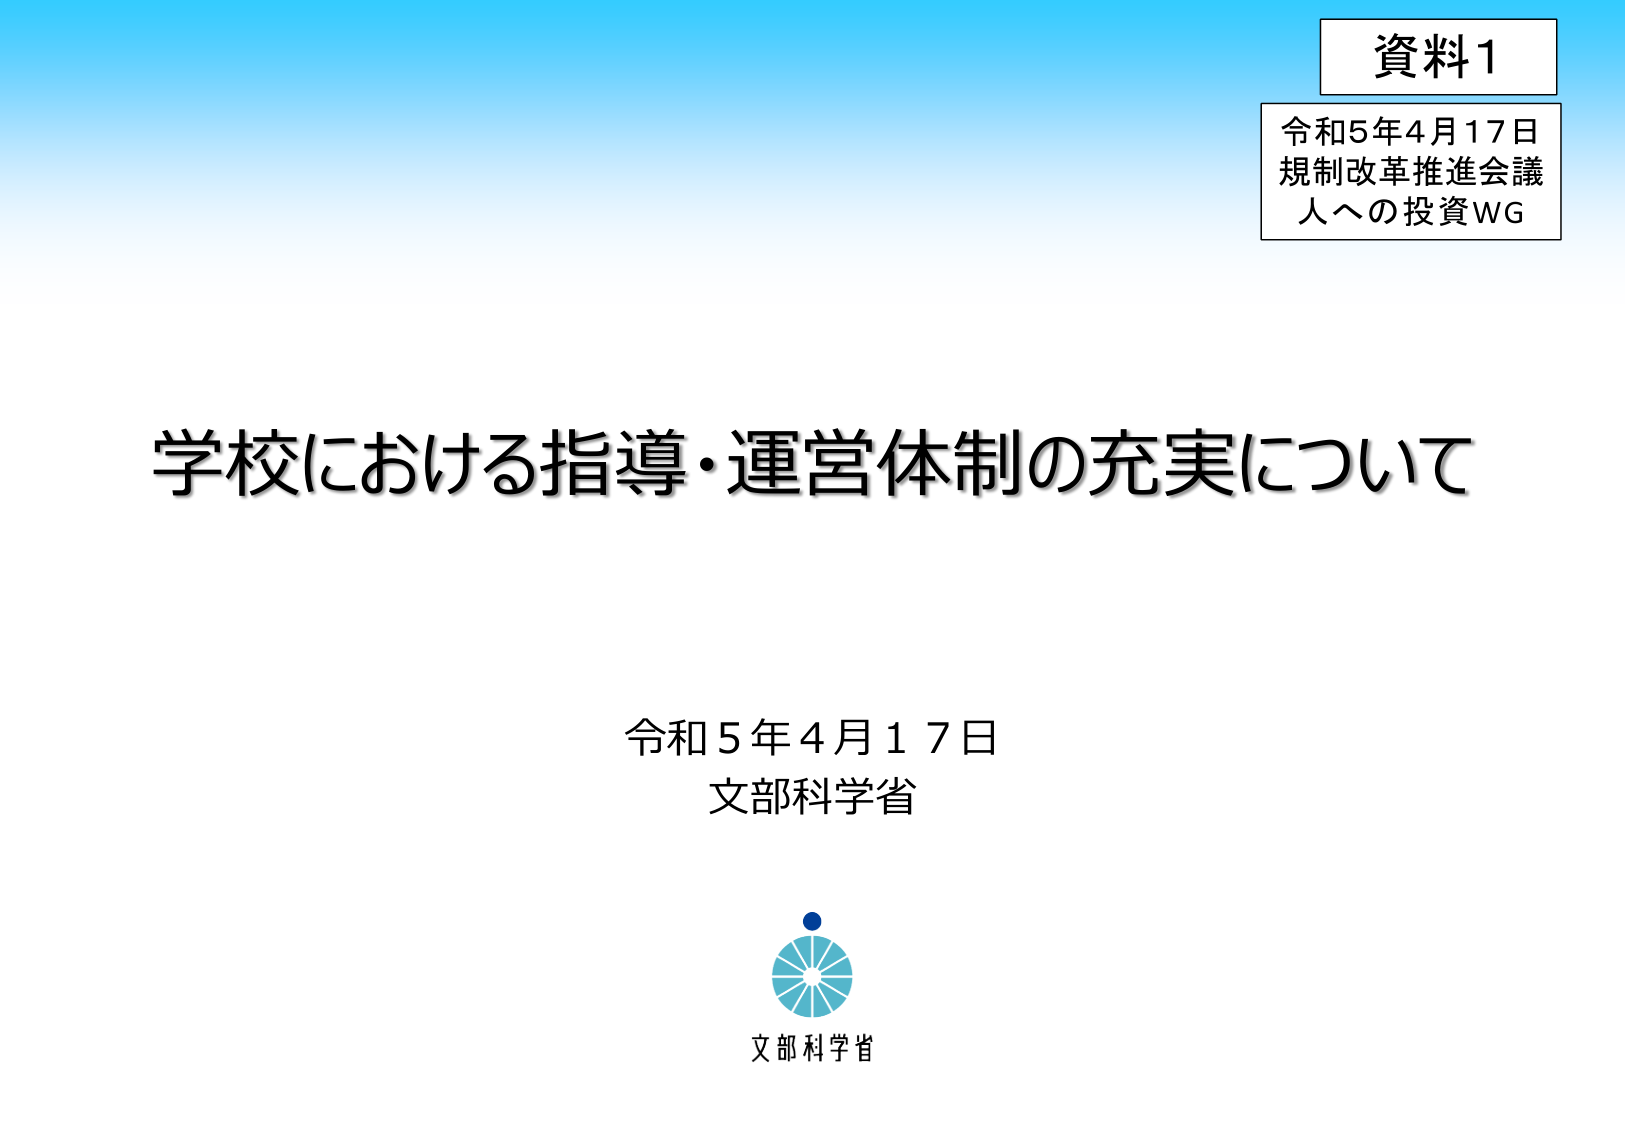
資料1
令和5年4月17日
規制改革推進会議
人への投資WG

学校における指導・運営体制の充実について

令和5年4月17日
文部科学省

文部科学省